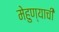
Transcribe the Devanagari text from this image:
मेहुण्याची